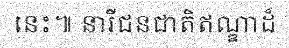
នេះ៕ នារីជនជាតិឥណ្ឌាដ៏